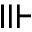
\Vvdash